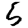
Digit: 5